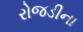
રોજડીના